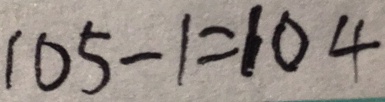
1 0 5 - 1 = 1 0 4